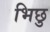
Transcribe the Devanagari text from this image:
भिछु